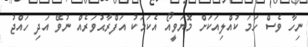
ނިހާ ވެސް ހަމަ ކުއްލިއަކަށް މޮޔަވީއޯ އެކަމަކު އަފްރާޙުވަރެއް ނުވޭ އަދި ހައްޖު